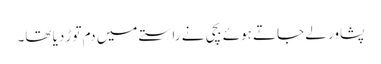
پشاور لے جاتے ہوئے بچی نے راستے میں دم توڑ دیا تھا۔